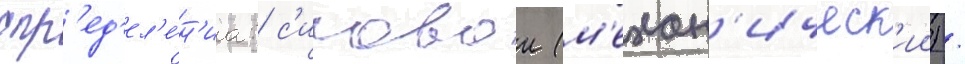
опр'ед'ел'е́н'иа: с'иловои (м'ехан'ическ'ии) /